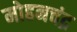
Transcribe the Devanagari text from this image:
मोहनचंद्र